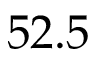
5 2 . 5